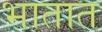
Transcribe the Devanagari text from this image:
भातात